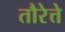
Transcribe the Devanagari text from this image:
तौरेत्ते